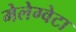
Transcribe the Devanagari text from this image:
मेलेग्वेटा